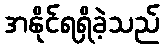
အနိုင်ရရှိခဲ့သည်